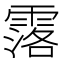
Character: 𮦣